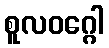
စူလဝဂ္ဂေါ